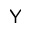
{ \sf Y }